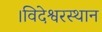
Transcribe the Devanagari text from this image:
।विदेश्वरस्थान